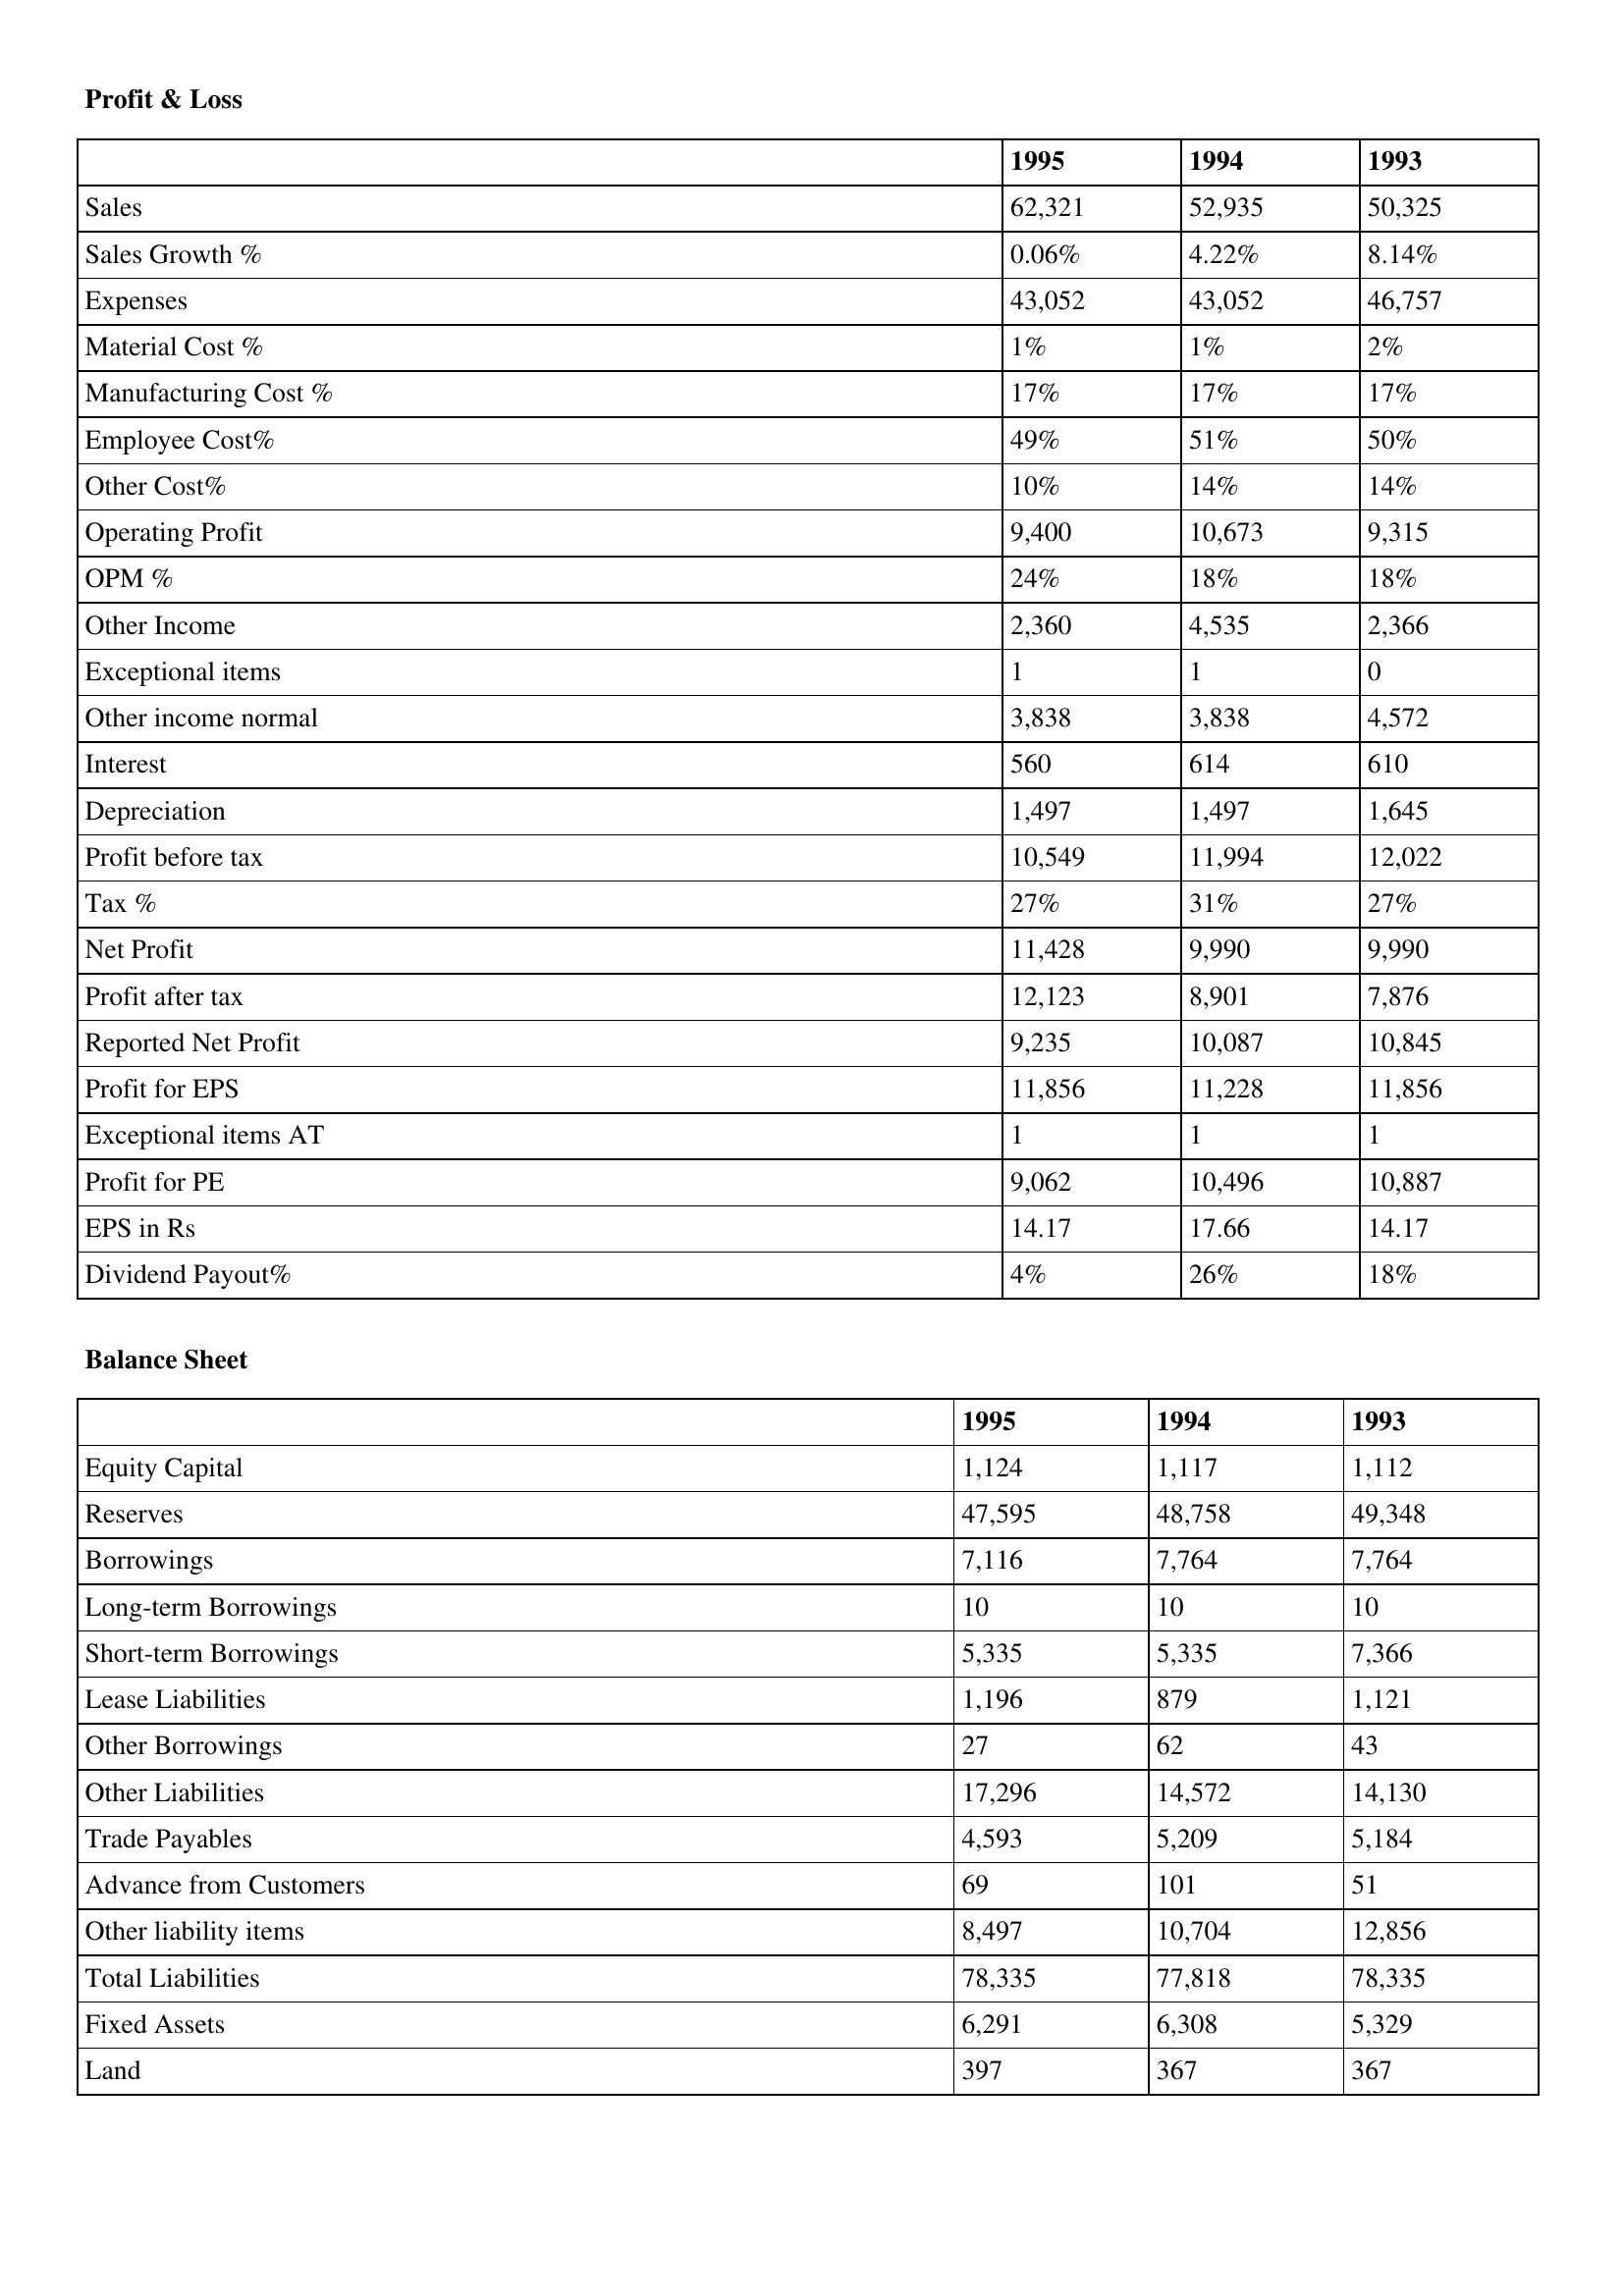
gt_parse: 1995: Profit & Loss: Sales: 62,321
Sales Growth %: 0.06%
Expenses: 43,052
Material Cost %: 1%
Manufacturing Cost %: 17%
Employee Cost%: 49%
Other Cost%: 10%
Operating Profit: 9,400
OPM %: 24%
Other Income: 2,360
Exceptional items: 1
Other income normal: 3,838
Interest: 560
Depreciation: 1,497
Profit before tax: 10,549
Tax %: 27%
Net Profit: 11,428
Profit after tax: 12,123
Reported Net Profit: 9,235
Profit for EPS: 11,856
Exceptional items AT: 1
Profit for PE: 9,062
EPS in Rs: 14.17
Dividend Payout%: 4%
Balance Sheet: Equity Capital: 1,124
Reserves: 47,595
Borrowings: 7,116
Long-term Borrowings: 10
Short-term Borrowings: 5,335
Lease Liabilities: 1,196
Other Borrowings: 27
Other Liabilities: 17,296
Trade Payables: 4,593
Advance from Customers: 69
Other liability items: 8,497
Total Liabilities: 78,335
Fixed Assets: 6,291
Land: 397
1994: Profit & Loss: Sales: 52,935
Sales Growth %: 4.22%
Expenses: 43,052
Material Cost %: 1%
Manufacturing Cost %: 17%
Employee Cost%: 51%
Other Cost%: 14%
Operating Profit: 10,673
OPM %: 18%
Other Income: 4,535
Exceptional items: 1
Other income normal: 3,838
Interest: 614
Depreciation: 1,497
Profit before tax: 11,994
Tax %: 31%
Net Profit: 9,990
Profit after tax: 8,901
Reported Net Profit: 10,087
Profit for EPS: 11,228
Exceptional items AT: 1
Profit for PE: 10,496
EPS in Rs: 17.66
Dividend Payout%: 26%
Balance Sheet: Equity Capital: 1,117
Reserves: 48,758
Borrowings: 7,764
Long-term Borrowings: 10
Short-term Borrowings: 5,335
Lease Liabilities: 879
Other Borrowings: 62
Other Liabilities: 14,572
Trade Payables: 5,209
Advance from Customers: 101
Other liability items: 10,704
Total Liabilities: 77,818
Fixed Assets: 6,308
Land: 367
1993: Profit & Loss: Sales: 50,325
Sales Growth %: 8.14%
Expenses: 46,757
Material Cost %: 2%
Manufacturing Cost %: 17%
Employee Cost%: 50%
Other Cost%: 14%
Operating Profit: 9,315
OPM %: 18%
Other Income: 2,366
Exceptional items: 0
Other income normal: 4,572
Interest: 610
Depreciation: 1,645
Profit before tax: 12,022
Tax %: 27%
Net Profit: 9,990
Profit after tax: 7,876
Reported Net Profit: 10,845
Profit for EPS: 11,856
Exceptional items AT: 1
Profit for PE: 10,887
EPS in Rs: 14.17
Dividend Payout%: 18%
Balance Sheet: Equity Capital: 1,112
Reserves: 49,348
Borrowings: 7,764
Long-term Borrowings: 10
Short-term Borrowings: 7,366
Lease Liabilities: 1,121
Other Borrowings: 43
Other Liabilities: 14,130
Trade Payables: 5,184
Advance from Customers: 51
Other liability items: 12,856
Total Liabilities: 78,335
Fixed Assets: 5,329
Land: 367